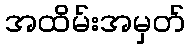
အထိမ်းအမှတ်